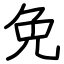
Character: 免